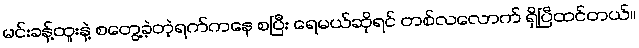
မင်းခန့်ထူးနဲ့ စတွေ့ခဲ့တဲ့ရက်ကနေ စပြီး ရေမယ်ဆိုရင် တစ်လလောက် ရှိပြီထင်တယ်။